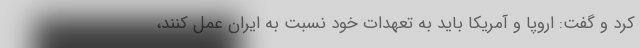
کرد و گفت: اروپا و آمریکا باید به تعهدات خود نسبت به ایران عمل کنند،